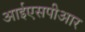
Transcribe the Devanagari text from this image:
आईएसपीआर